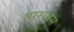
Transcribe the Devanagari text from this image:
तारावेस